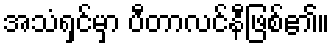
အသံရှင်မှာ ပီတာလင်နီဖြစ်၏။